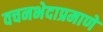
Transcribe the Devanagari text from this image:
वचनभेदाप्रमाणे